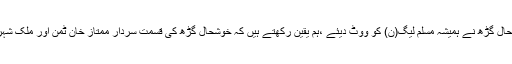
انہوں نے کہا کہ اہلیان خوشحال گڑھ نے ہمیشہ مسلم لیگ(ن) کو ووٹ دیئے ،ہم یقین رکھتے ہیں کہ خوشحال گڑھ کی قسمت سردار ممتاز خان ٹمن اور ملک شہر یار اعوان ملکر بدلیں گے۔